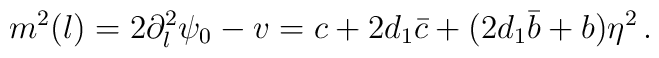
m^2(l)=2\partial_l^2\psi_0-v=c+2d_1\bar{c}+(2d_1\bar{b}+b)\eta^2\,.